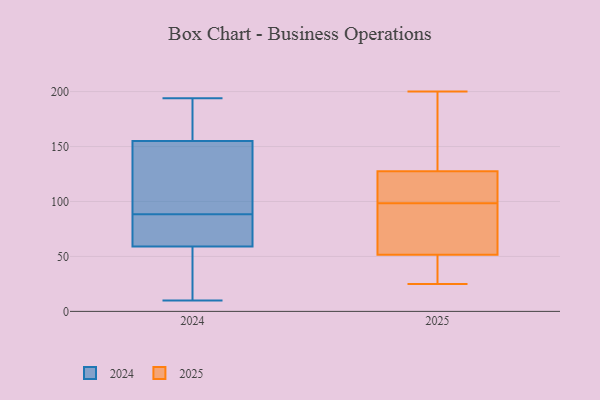
{"axis": {"x": "Backlog", "y": "Value"}, "legend": ["2024", "2025"], "data": [{"x": "", "y": 59, "type": "2024"}, {"x": "", "y": 10, "type": "2024"}, {"x": "", "y": 194, "type": "2024"}, {"x": "", "y": 155, "type": "2024"}, {"x": "", "y": 89, "type": "2024"}, {"x": "", "y": 88, "type": "2024"}, {"x": "", "y": 155, "type": "2024"}, {"x": "", "y": 17, "type": "2024"}, {"x": "", "y": 117, "type": "2024"}, {"x": "", "y": 80, "type": "2024"}, {"x": "", "y": 38, "type": "2025"}, {"x": "", "y": 55, "type": "2025"}, {"x": "", "y": 108, "type": "2025"}, {"x": "", "y": 113, "type": "2025"}, {"x": "", "y": 129, "type": "2025"}, {"x": "", "y": 49, "type": "2025"}, {"x": "", "y": 122, "type": "2025"}, {"x": "", "y": 56, "type": "2025"}, {"x": "", "y": 199, "type": "2025"}, {"x": "", "y": 27, "type": "2025"}, {"x": "", "y": 164, "type": "2025"}, {"x": "", "y": 53, "type": "2025"}, {"x": "", "y": 50, "type": "2025"}, {"x": "", "y": 85, "type": "2025"}, {"x": "", "y": 111, "type": "2025"}, {"x": "", "y": 89, "type": "2025"}, {"x": "", "y": 25, "type": "2025"}, {"x": "", "y": 126, "type": "2025"}, {"x": "", "y": 200, "type": "2025"}, {"x": "", "y": 182, "type": "2025"}]}